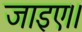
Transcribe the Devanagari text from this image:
जाइए।।